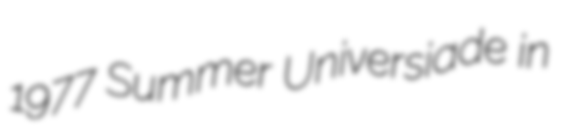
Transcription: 1977 Summer Universiade in